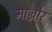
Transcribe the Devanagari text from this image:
माज्जोर